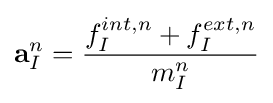
\mathbf {a} _{I}^{n}={\frac {f_{I}^{int,n}+f_{I}^{ext,n}}{m_{I}^{n}}}